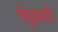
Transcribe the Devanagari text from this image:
चेंडूवरती